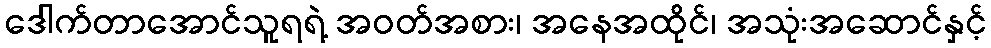
ဒေါက်တာအောင်သူရရဲ့ အဝတ်အစား၊ အနေအထိုင်၊ အသုံးအဆောင်နှင့်